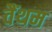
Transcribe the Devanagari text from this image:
वैंथम